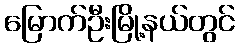
မြောက်ဦးမြို့နယ်တွင်